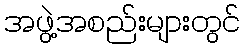
အဖွဲ့အစည်းများတွင်